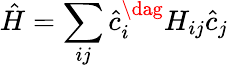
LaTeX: \hat{H}=\sum_{ij}\hat{c}_{i}^{\dag}H_{ij}\hat{c}_{j}